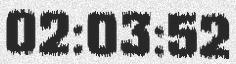
02:03:52